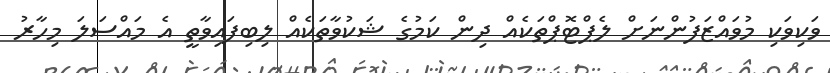
ވަކިވަކި މުވައްޒަފުންނަށް ލެޕްޓޮޕްތަކެއް ދިން ކަމުގެ ޝަކުވާތަކެއް ލިބިފައިވާތީ އެ މައްސަލަ މިހާރު